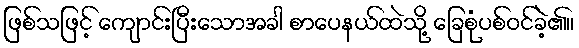
ဖြစ်သဖြင့် ကျောင်းပြီးသောအခါ စာပေနယ်ထဲသို့ ခြေစုံပစ်ဝင်ခဲ့၏။